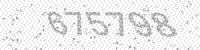
Solution: 675798